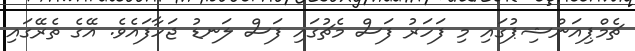
ޗެމްޕިއަންޝިޕުގައި މި ފަހަރު ފަސް މެޗުގައި ފަސް ލަނޑު ޖަހާފައެވެ. އޭގެ ތެރޭގައި